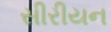
સીરીયન